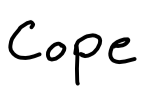
Text: Cope
Cross-out: clean
Writing tool: digital_black